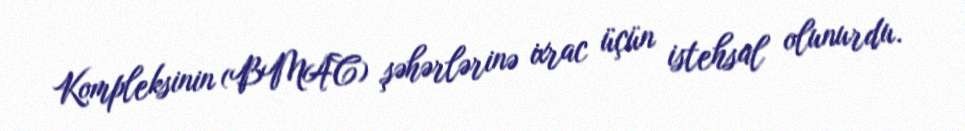
Kompleksinin (BMAC) şəhərlərinə ixrac üçün istehsal olunurdu.